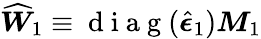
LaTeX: \widehat{\boldsymbol{W}}_{1}\equiv\mathrm{~d~i~a~g~}(\widehat{\boldsymbol{\epsilon}}_{1})\boldsymbol{M}_{1}